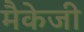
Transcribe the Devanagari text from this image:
मैकेजी